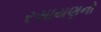
રસાયણનો